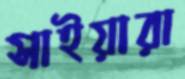
সাইয়ারা